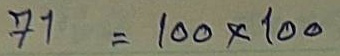
71 = 100 x 100